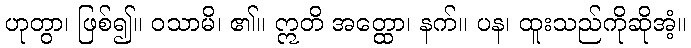
ဟုတွာ၊ ဖြစ်၍။ ဝသာမိ၊ ၏။ ဣတိ အတ္ထော၊ နက်။ ပန၊ ထူးသည်ကိုဆိုအံ့။